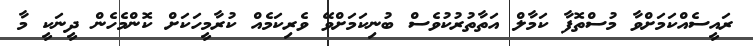
ރައީސެއްކަމަށްވާ މުސްތޮފާ ކަމާލް އަތާތުރުކުވެސް ބުނިކަމަށްވޭ ވެރިކަމެއް ކުރާމީހަކަށް ކޮންމެހެން ދީނަކީ މާ